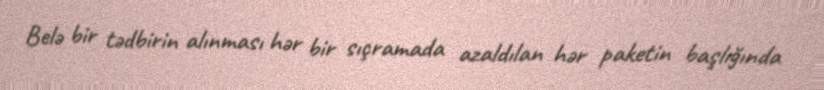
Belə bir tədbirin alınması hər bir sıçramada azaldılan hər paketin başlığında